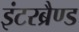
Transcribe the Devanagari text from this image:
इंटरब्रैण्ड